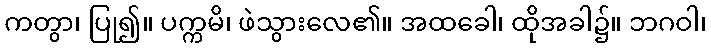
ကတွာ၊ ပြု၍။ ပက္ကမိ၊ ဖဲသွားလေ၏။ အထခေါ၊ ထိုအခါ၌။ ဘဂဝါ၊